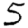
Digit: 5